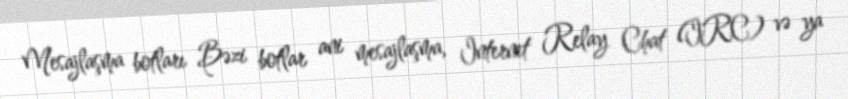
Mesajlaşma botları Bəzi botlar ani mesajlaşma, Internet Relay Chat (IRC) və ya